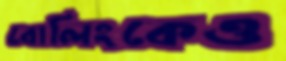
বোলিংকেও